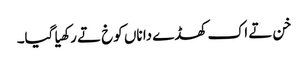
خن تے اک کھڈے دا ناں کوخ تے رکھیا گیا۔